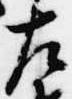
左